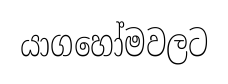
යාගහෝමවලට